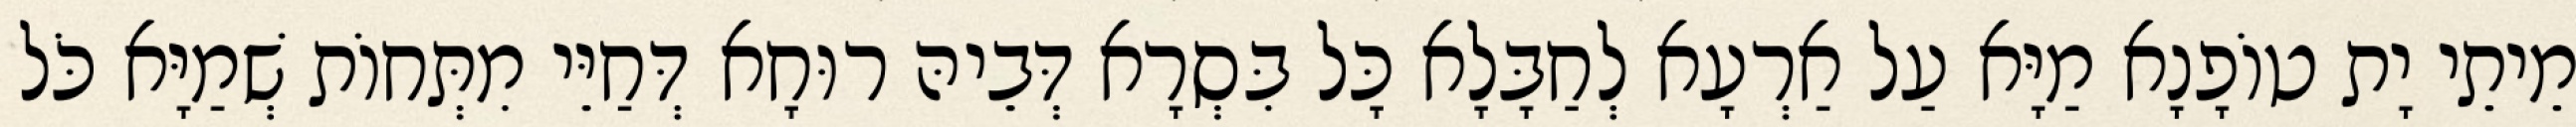
מֵיתֵי יָת טוֹפָנָא מַיָּא עַל אַרְעָא לְחַבָּלָא כָּל בִּסְרָא דְּבֵיהּ רוּחָא דְּחַיֵּי מִתְּחוֹת שְׁמַיָּא כֹּל